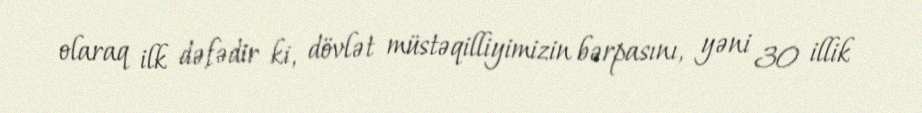
olaraq ilk dəfədir ki, dövlət müstəqilliyimizin bərpasını, yəni 30 illik